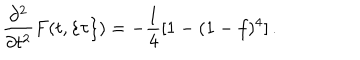
LaTeX: \frac { \partial ^ { 2 } } { \partial t ^ { 2 } } F ( t , \{ \tau \} ) = - \frac { 1 } { 4 } [ 1 - ( 1 - f ) ^ { 4 } ] \, .